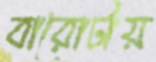
বারোটায়